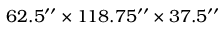
6 2 . 5 ^ { \prime \prime } \times 1 1 8 . 7 5 ^ { \prime \prime } \times 3 7 . 5 ^ { \prime \prime }